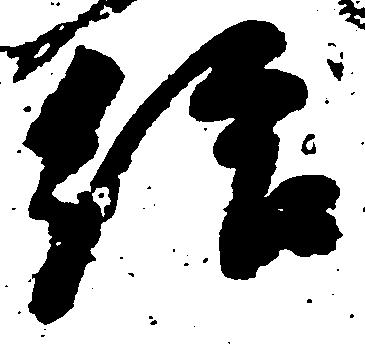
給